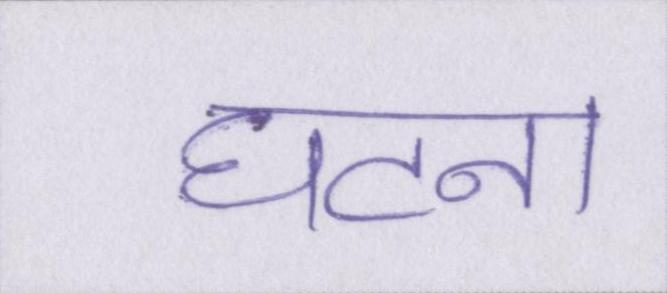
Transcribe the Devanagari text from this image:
घटना